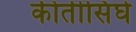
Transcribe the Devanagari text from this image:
कीर्तीसिंघे